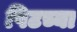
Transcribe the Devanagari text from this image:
पिटच्या